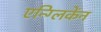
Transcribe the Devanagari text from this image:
एन्ग्लिकेंन